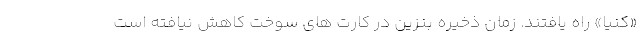
«کنیا» راه یافتند. زمان ذخیره بنزین در کارت های سوخت کاهش نیافته است